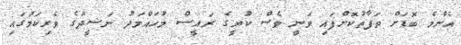
އެންމެ ބޮޑަށް ތަފާތުކޮށްފައި ވަނީ ވެސް ކުރީގެ ރައީސް މުހައްމަދު ނަޝީދުގެ ވެރިކަމުގައި